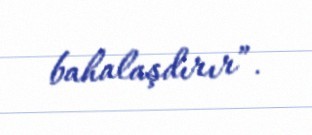
bahalaşdırır”.